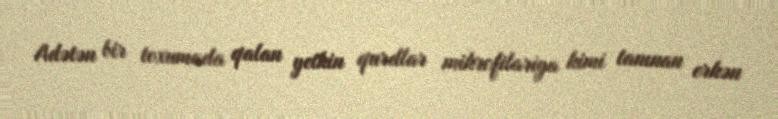
Adətən bir toxumada qalan yetkin qurdlar mikrofilariya kimi tanınan erkən